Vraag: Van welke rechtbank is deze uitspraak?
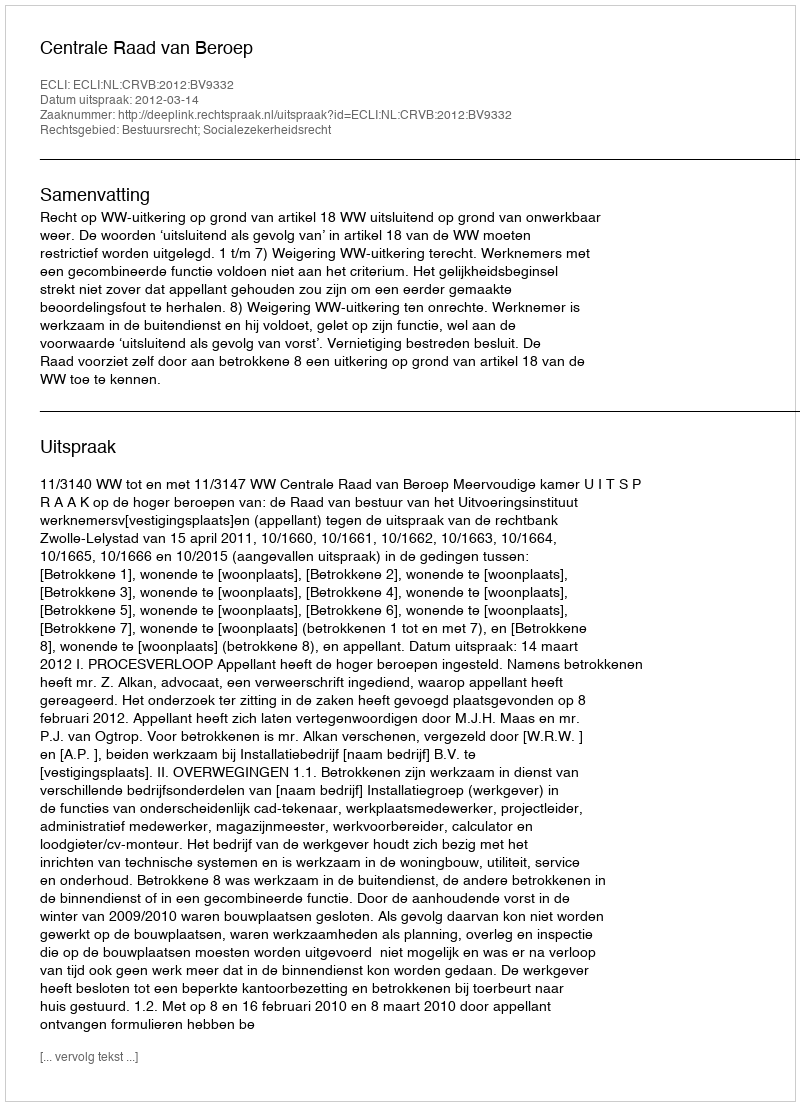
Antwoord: Centrale Raad van Beroep